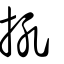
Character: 𢪬